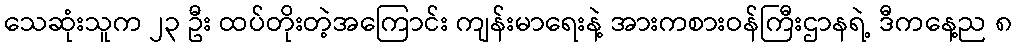
သေဆုံးသူက ၂၃ ဦး ထပ်တိုးတဲ့အကြောင်း ကျန်းမာရေးနဲ့ အားကစားဝန်ကြီးဌာနရဲ့ ဒီကနေ့ည ၈